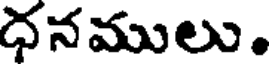
ధనములు.